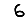
Digit: 6